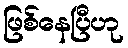
ဖြစ်နေပြီဟု